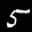
Label: 5